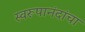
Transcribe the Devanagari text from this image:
स्वरूपानंदांचा